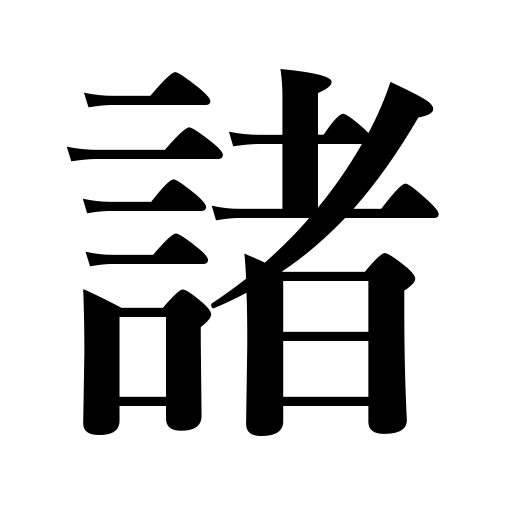
Meanings: many,all,various,several